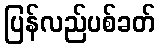
ပြန်လည်ပစ်ခတ်